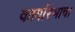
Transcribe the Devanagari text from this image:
कार्यारंभाचा